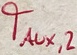
Text: TAUX,2